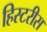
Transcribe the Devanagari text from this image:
हिस्टरीस